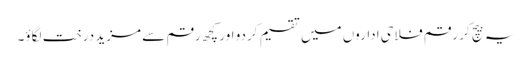
یہ بیچ کر رقم فلاحی اداروں میں تقسیم کردو اور کچھ رقم سے مزید درخت لگاؤ۔